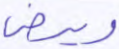
ويرضى